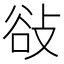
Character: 𢼽